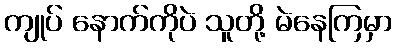
ကျုပ် နောက်ကိုပဲ သူတို့ မဲနေကြမှာ